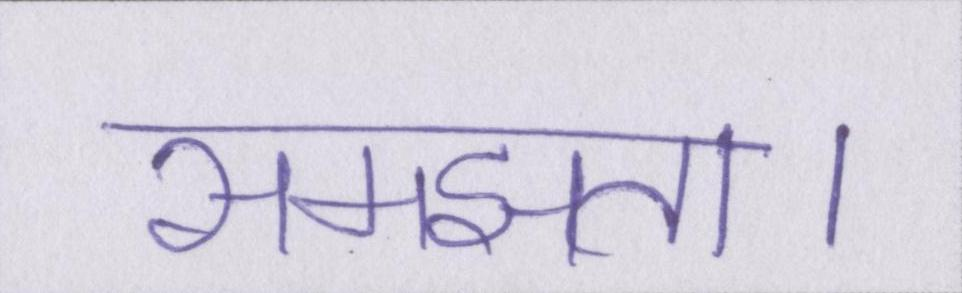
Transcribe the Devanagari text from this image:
समझता।